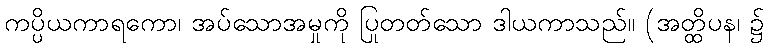
ကပ္ပိယကာရကော၊ အပ်သောအမှုကို ပြုတတ်သော ဒါယကာသည်။ (အတ္ထိပန၊ ၌